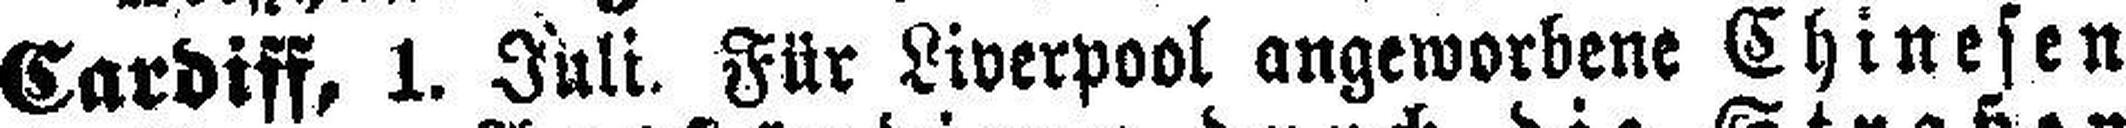
Cardiff, 1. Juli. Für Liverpool angeworbene Chinesen